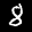
Label: 8